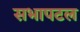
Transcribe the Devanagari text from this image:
सभापटल